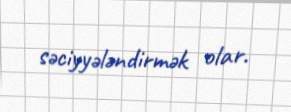
səciyyələndirmək olar.